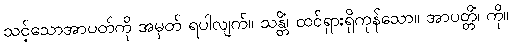
သင့်သောအာပတ်ကို အမှတ် ရပါလျက်။ သန္တိံ၊ ထင်ရှားရှိကုန်သော။ အာပတ္တိံ၊ ကို။